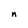
Character: n